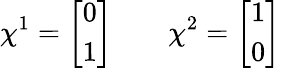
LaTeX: \chi^{1}={\left[\begin{array}{l}{0}\\ {1}\end{array}\right]}\quad\quad\chi^{2}={\left[\begin{array}{l}{1}\\ {0}\end{array}\right]}